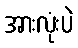
အားလုံးပဲ